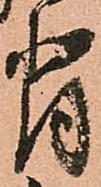
背